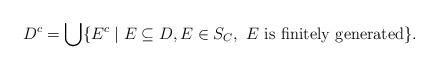
LaTeX: \begin{align*}D^c=\bigcup\{E^c \mid E \subseteq D,E \in S_C,\textrm{ $E$ is finitely generated}\}.\end{align*}